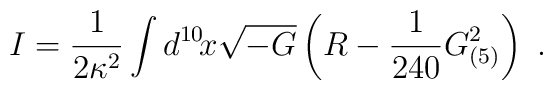
I=\frac{1}{2\kappa^2}\int d^{10}\!x \sqrt{-G}\left(R-\frac{1}{240}G_{(5)}^2 \right)\ .